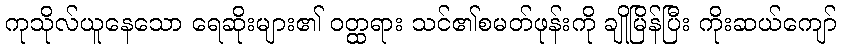
ကုသိုလ်ယူနေသော ရေဆိုးများ၏ ဝတ္ထရား သင်၏စမတ်ဖုန်းကို ချိုမြိန်ပြီး ကိုးဆယ်ကျော်